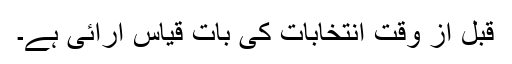
قبل از وقت انتخابات کی بات قیاس آرائی ہے۔